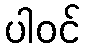
ပါဝင်